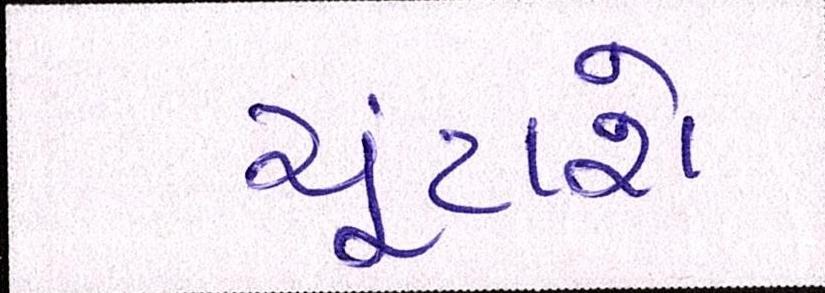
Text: ચૂંટાશે